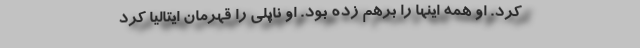
کرد. او همه اینها را برهم زده بود. او ناپلی را قهرمان ایتالیا کرد